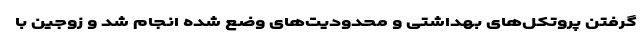
گرفتن پروتکل‌های بهداشتی و محدودیت‌های وضع شده انجام شد و زوجین با